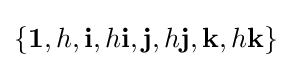
\{\mathbf {1} ,h,\mathbf {i} ,h\mathbf {i} ,\mathbf {j} ,h\mathbf {j} ,\mathbf {k} ,h\mathbf {k} \}